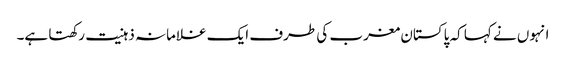
انہوں نے کہا کہ پاکستان مغرب کی طرف ایک غلامانہ ذہنیت رکھتا ہے۔